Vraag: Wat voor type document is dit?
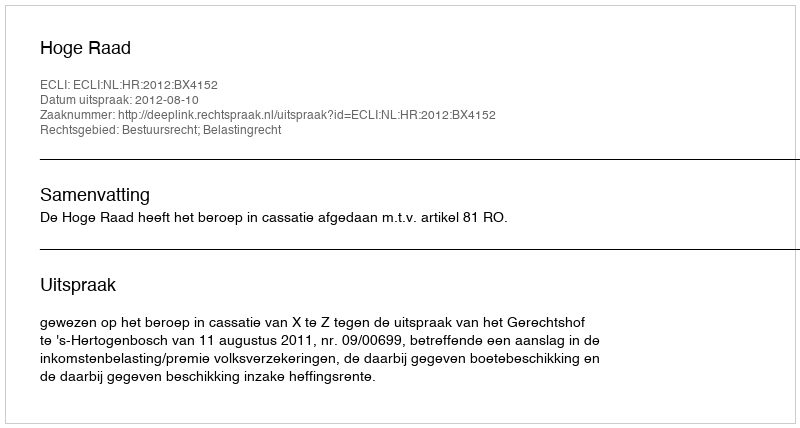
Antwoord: Uitspraak